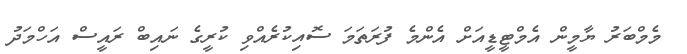
މެމްބަރު ޔާމީން އެމްޓީޑީއަށް އެންމެ ފުރަތަމަ ސޮއިކުރެއްވި ކުރީގެ ނައިބް ރައީސް އަހްމަދު